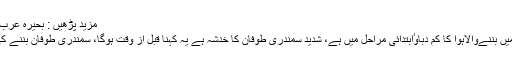
مزید پڑھیں : بحیرہ عرب میں ہوا کا کم دباؤ، ’لوہان‘ نامی طوفان آنے کا خدشہ
ڈائریکٹر میٹ کا کہنا تھا کہ خلیج بنگال،بحرہ عرب میں بننےوالاہوا کا کم دباوٴابتدائی مراحل میں ہے، شدید سمندری طوفان کا خدشہ ہے یہ کہنا قبل از وقت ہوگا، سمندری طوفان بننے کی صورت میں اس کا رخ کہاں ہوگا،نہیں کہا جاسکتا۔